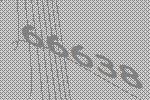
66638